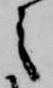
之